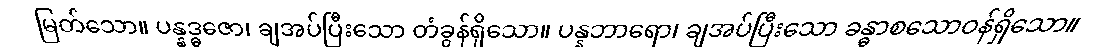
မြတ်သော။ ပန္နဒ္ဓဇော၊ ချအပ်ပြီးသော တံခွန်ရှိသော။ ပန္နဘာရော၊ ချအပ်ပြီးသော ခန္ဓာစသောဝန်ရှိသော။